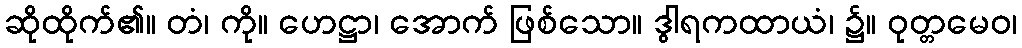
ဆိုထိုက်၏။ တံ၊ ကို။ ဟေဋ္ဌာ၊ အောက် ဖြစ်သော။ ဒွါရကထာယံ၊ ၌။ ဝုတ္တမေဝ၊